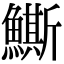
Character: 䲉